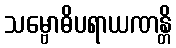
သမ္ဗောဓိပရာယဏန္တိ